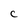
Character: c